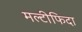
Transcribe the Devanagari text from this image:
मल्टीफिदा